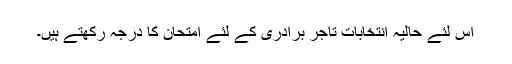
اس لئے حالیہ انتخابات تاجر برادری کے لئے امتحان کا درجہ رکھتے ہیں۔